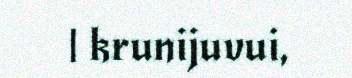
| krunijuvui,